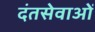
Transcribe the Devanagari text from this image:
दंतसेवाओं